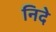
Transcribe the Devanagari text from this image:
निदे